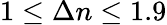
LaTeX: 1\leq\Delta n\leq 1.9